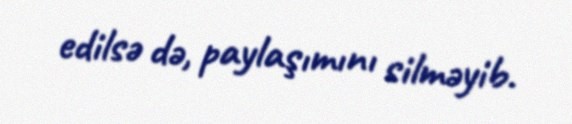
edilsə də, paylaşımını silməyib.